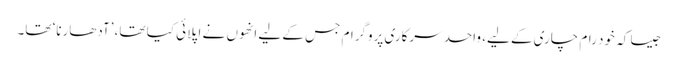
جیسا کہ خود رام چاری کے لیے، واحد سرکاری پروگرام جس کے لیے انھوں نے اَپلائی کیا تھا، ’آدھارنا‘ تھا۔